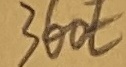
Text: 360E